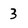
Character: 3